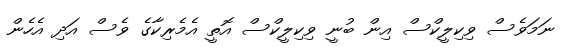
ނަމަވެސް ވިކިލީކްސް އިން ބުނީ ވިކިލީކްސް އޮތީ އެމެރިކާގެ ވެސް އަދި އެހެން